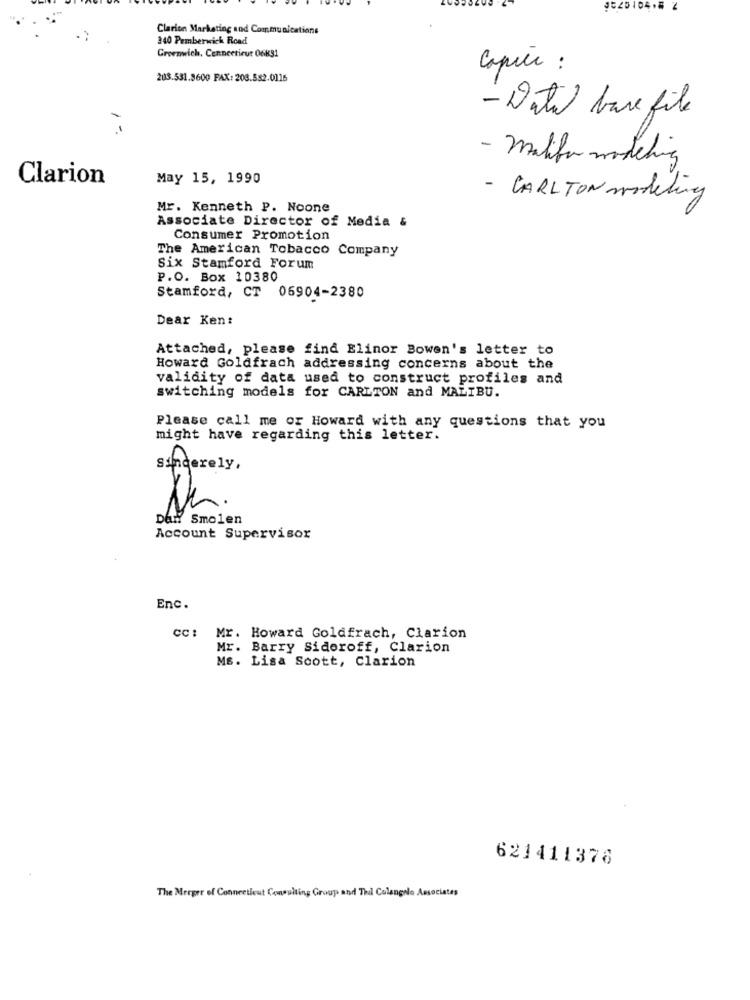
9520104.6 2
Clarion Marketing sod Communications
340 Pemberwich Road
Greenwich, Connecticut 06k31
Capire :
203.531.3600 FAX: 203.582.0116
- Data base file
- malife modeling
Clarion
May 15, 1990
- CARLTON modeling
Mr. Kenneth P. Noone
Associate Director of Media &
Consumer Promotion
The American Tobacco Company
Six Stamford Forum
P.O. Box 10380
Stamford, CT 06904-2380
Dear Ken:
Attached, please find Elinor Bowen's letter to
Howard Goldfrach addressing concerns about the
validity of data used to construct profiles and
switching models for CARLTON and MALIBU.
Please call me or Howard with any questions that you
might have regarding this letter.
sincerely,
Dan! Smolen
Account Supervisor
Enc.
cc: Mr. Howard Goldfrach, Clarion
Mr. Barry Sidoroff, Clarion
Ms. Lisa Scott, Clarion
621411378
The Merger of Connecticut Consulting Group and Thal Colangolo Associates